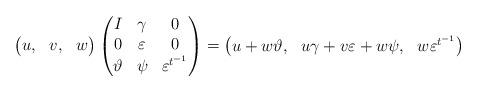
LaTeX: \begin{align*}\begin{pmatrix} u,&v,&w\end{pmatrix}\begin{pmatrix} I&\gamma&0\\ 0&\varepsilon&0\\ \vartheta&\psi&\varepsilon^{t^{-1}} \end{pmatrix} = \begin{pmatrix} u+w\vartheta,&u\gamma+v\varepsilon+w\psi,&w\varepsilon^{t^{-1}}\end{pmatrix} \end{align*}